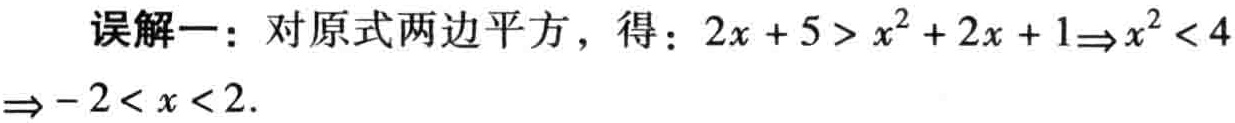
误解一：对原式两边平方，得：\(2x + 5 > x^{2}+2x + 1\Rightarrow x^{2}<4\Rightarrow -2<x<2\)